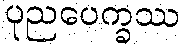
ပုညပေက္ခဿ